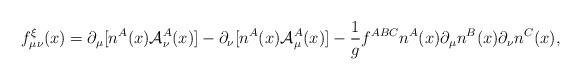
LaTeX: \begin{align*}f_{\mu\nu}^{\xi}(x) = \partial_\mu[n^A(x) {\cal A}_\nu^A(x)] - \partial_\nu[n^A(x) {\cal A}_\mu^A(x)] - {1 \over g} f^{ABC} n^A(x) \partial_\mu n^B(x) \partial_\nu n^C(x) ,\end{align*}